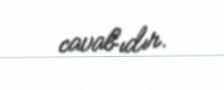
cavabıdır.